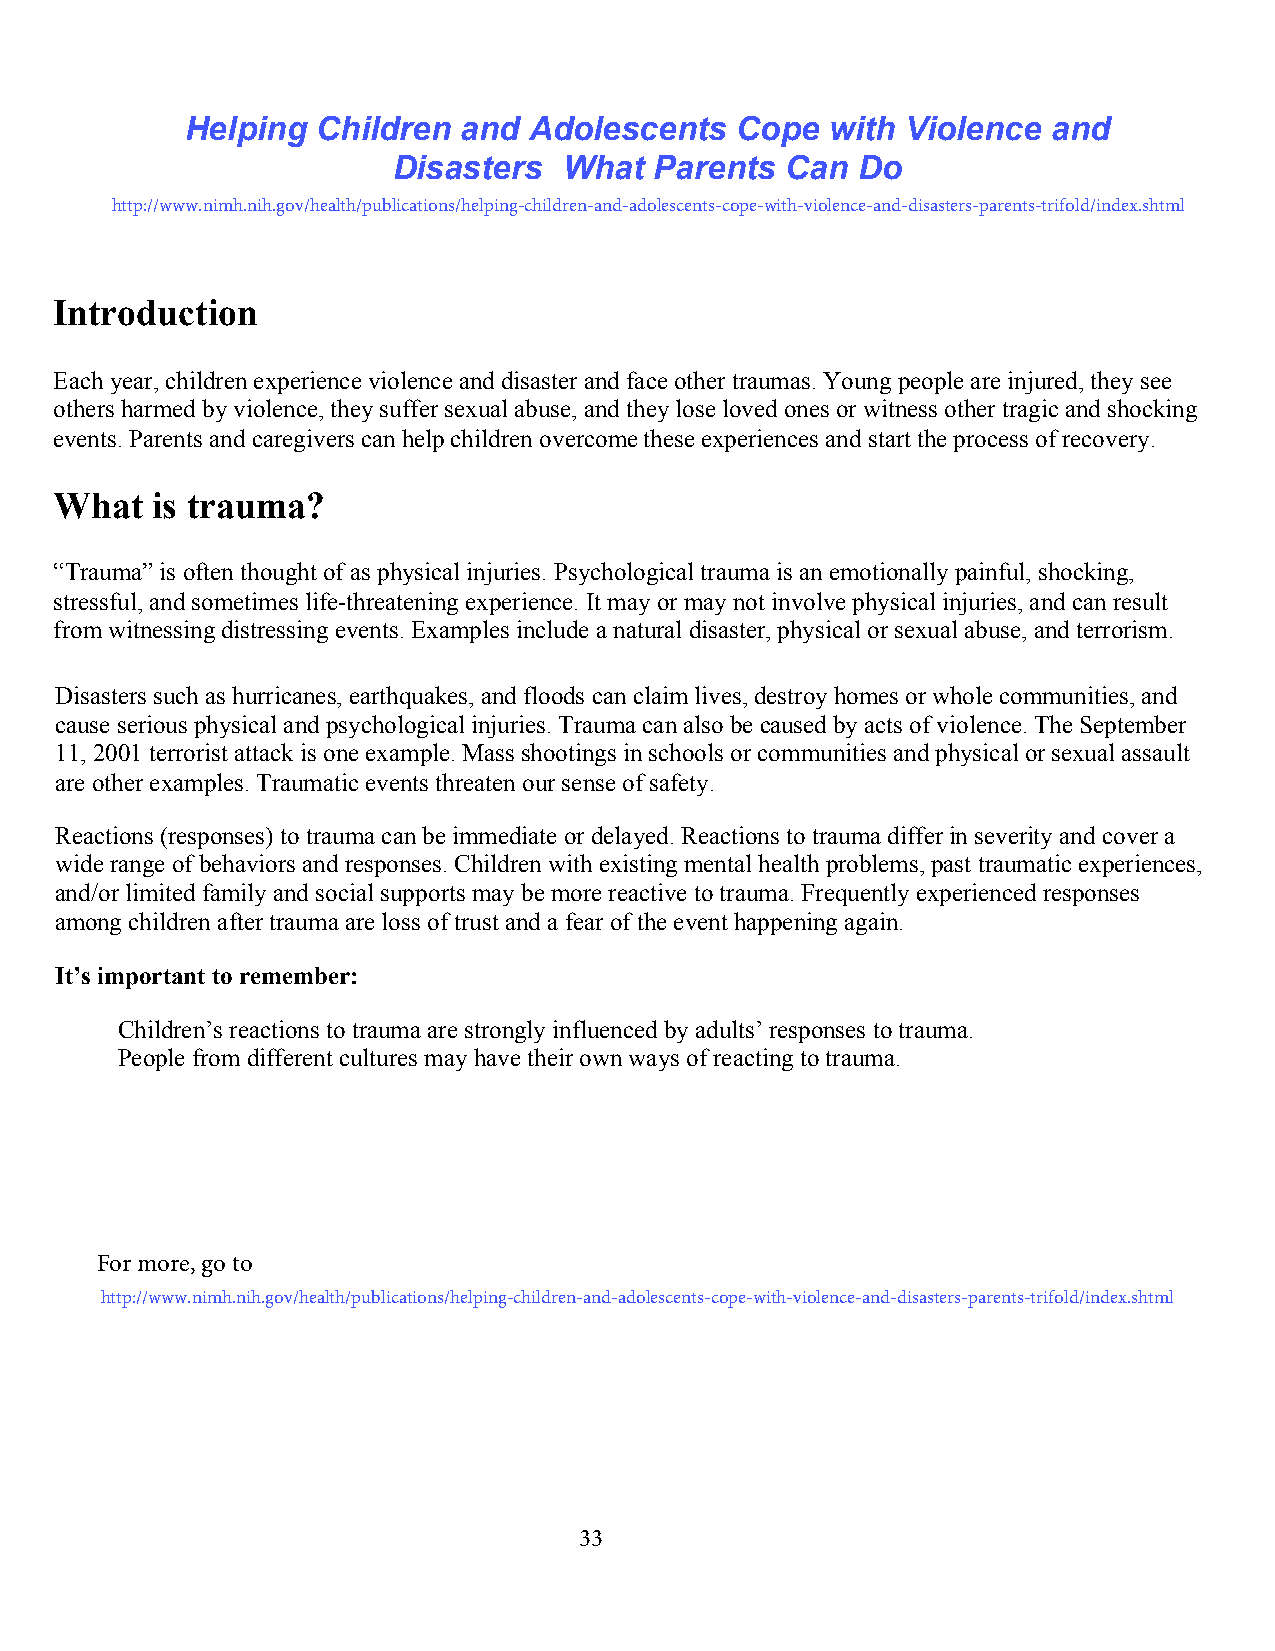
Helping  Children and  Adolescents   Cope  with Violence  and
 Disasters: What  Parents  Can  Do
 http://www.nimh.nih.gov/health/publications/helping-children-and-adolescents-cope-with-violence-and-disasters-parents-trifold/index.shtml
 Introduction
 Each year, children experience violence and disaster and face other traumas. Young people are injured, they see
 others harmed by violence, they suffer sexual abuse, and they lose loved ones or witness other tragic and shocking
 events. Parents and caregivers can help children overcome these experiences and start the process of recovery.
 What  is trauma?
 “Trauma” is often thought of as physical injuries. Psychological trauma is an emotionally painful, shocking,
 stressful, and sometimes life-threatening experience. It may or may not involve physical injuries, and can result
 from witnessing distressing events. Examples include a natural disaster, physical or sexual abuse, and terrorism.
 Disasters such as hurricanes, earthquakes, and floods can claim lives, destroy homes or whole communities, and
 cause serious physical and psychological injuries. Trauma can also be caused by acts of violence. The September
 11, 2001 terrorist attack is one example. Mass shootings in schools or communities and physical or sexual assault
 are other examples. Traumatic events threaten our sense of safety.
 Reactions (responses) to trauma can be immediate or delayed. Reactions to trauma differ in severity and cover a
 wide range of behaviors and responses. Children with existing mental health problems, past traumatic experiences,
 and/or limited family and social supports may be more reactive to trauma. Frequently experienced responses
 among children after trauma are loss of trust and a fear of the event happening again.
 It’s important to remember:
 Children’s reactions to trauma are strongly influenced by adults’ responses to trauma.
 People from different cultures may have their own ways of reacting to trauma.
 For more, go to
 http://www.nimh.nih.gov/health/publications/helping-children-and-adolescents-cope-with-violence-and-disasters-parents-trifold/index.shtml
 33